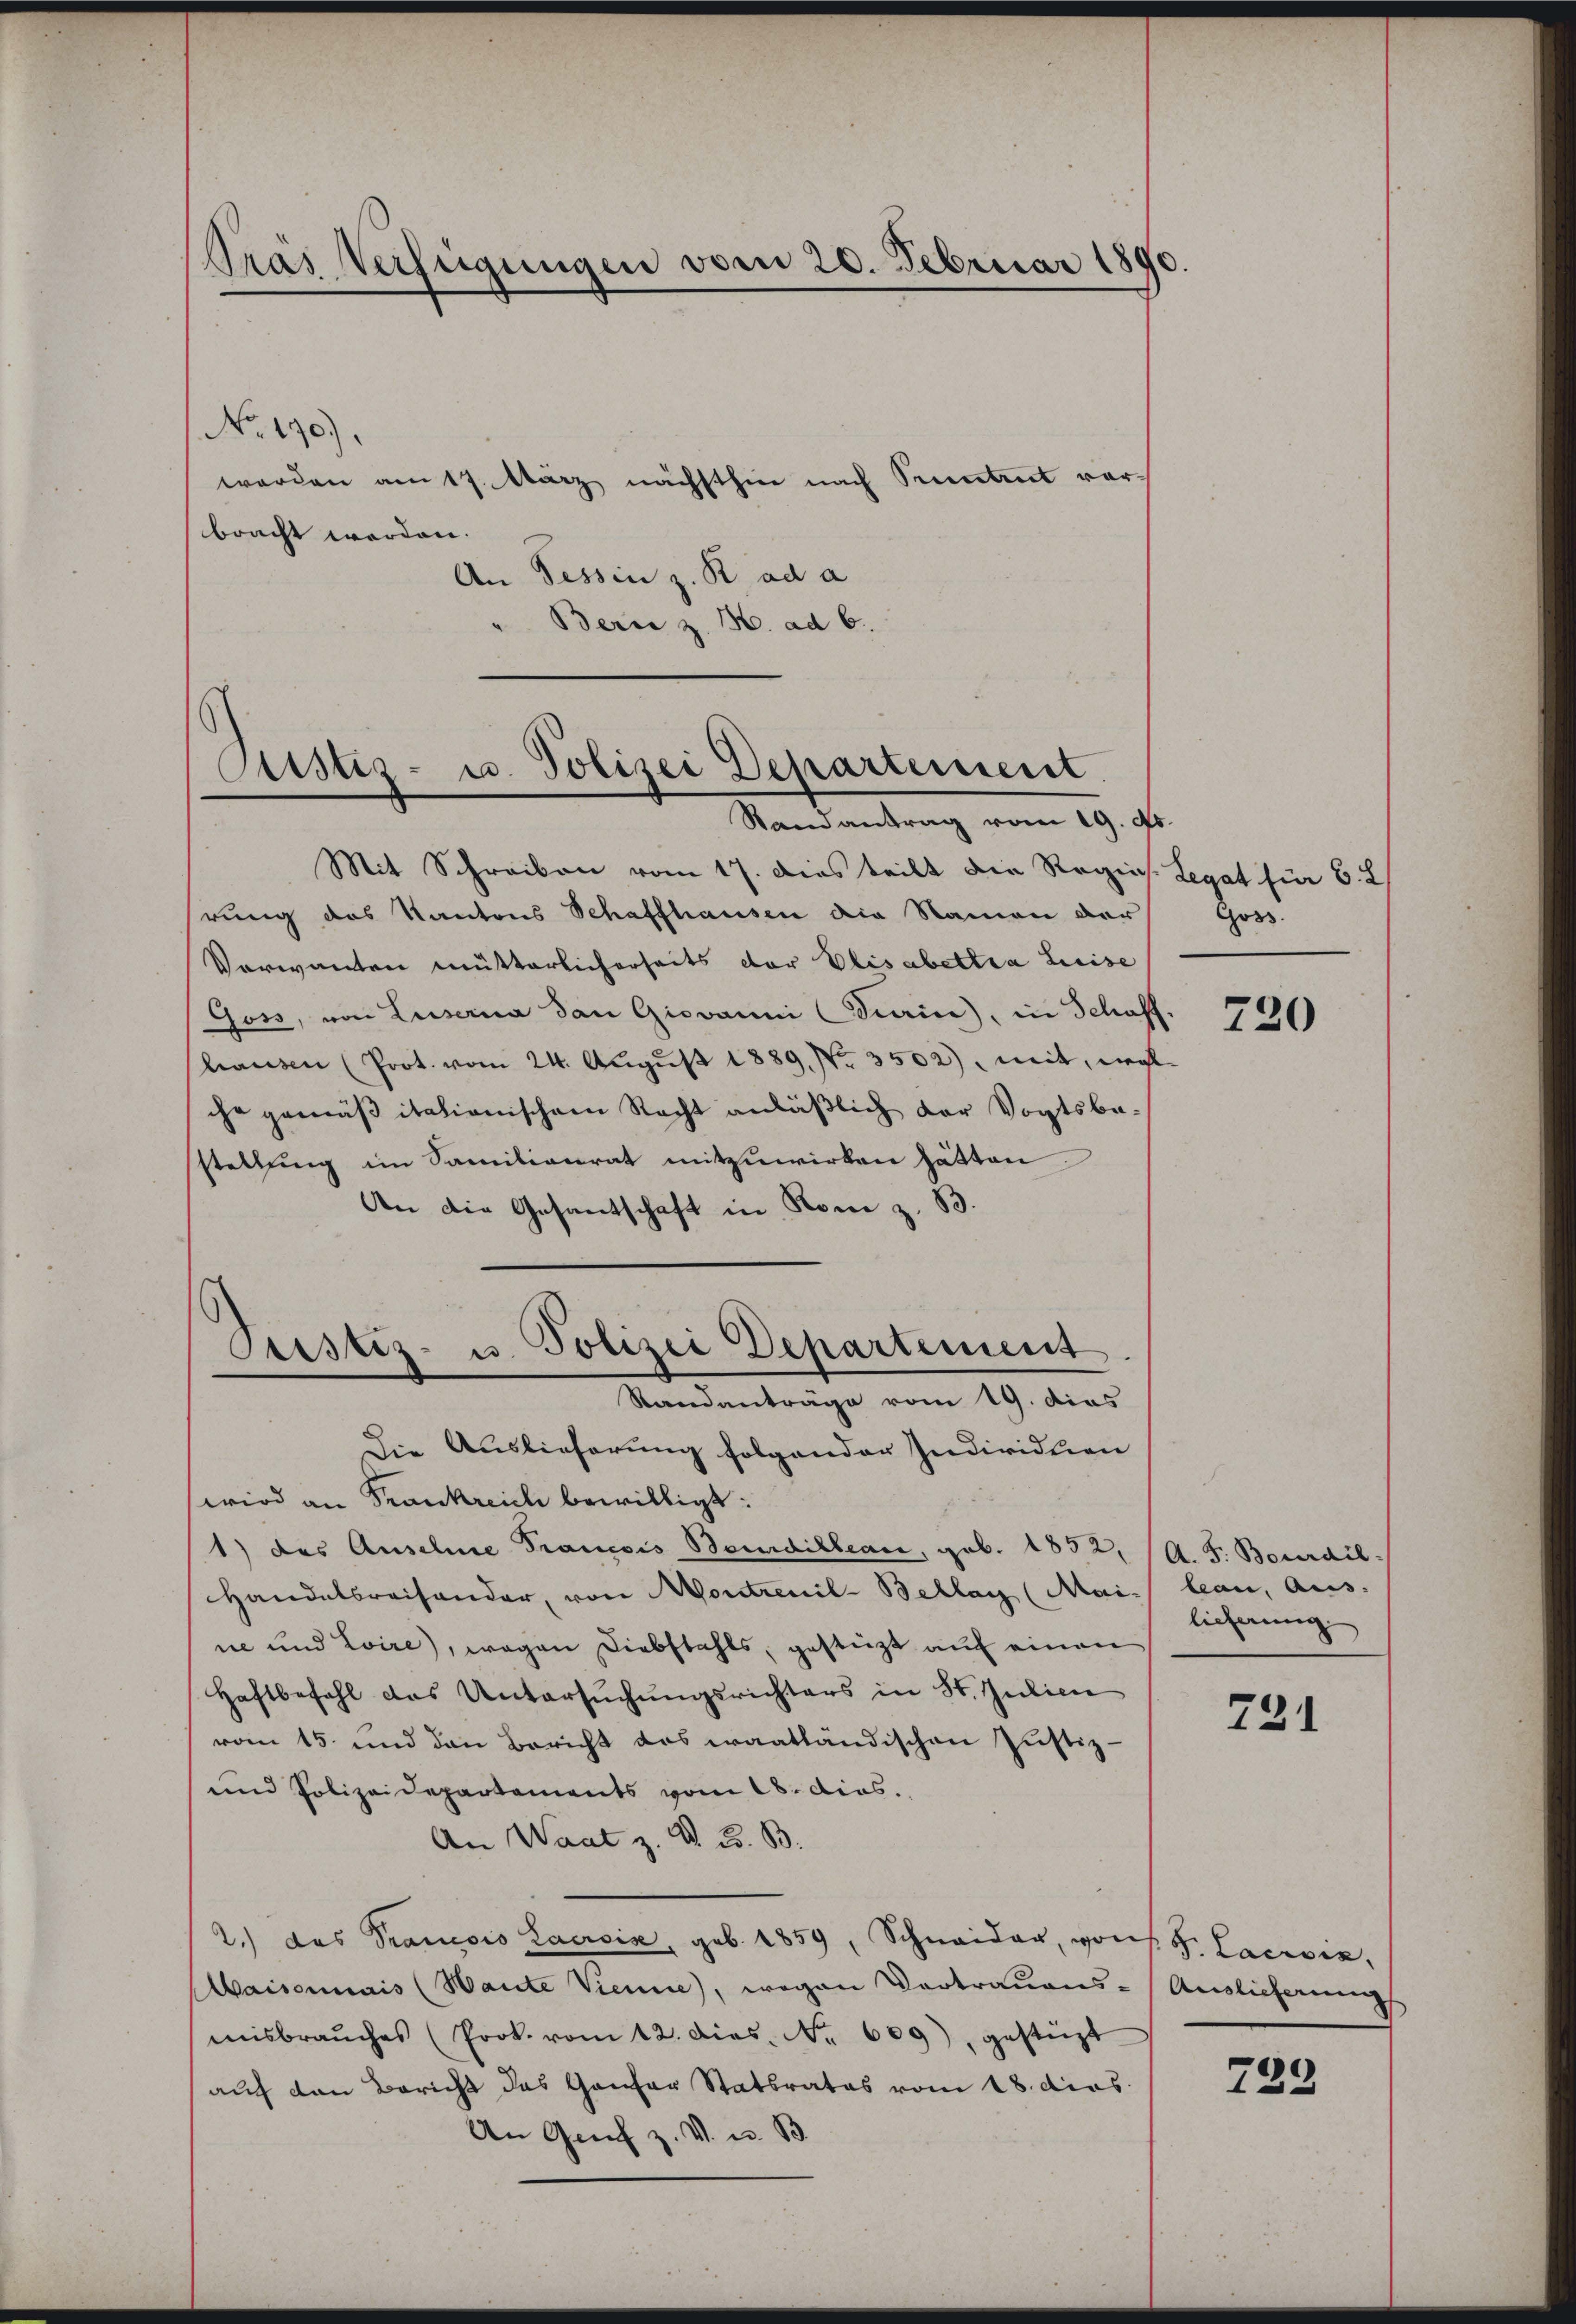
Pras Verfügungen vom 20. Februar 1890.

No. 190).
worden am 17. März nächsthin nach Pruntrut vor
bracht werden.
An Tessin z. R. ad a
" Bern z. H. ad 6.

Mit Schreiben vom 17. Dies teilt die Regies. Legat für 6. L
rung des Kantons Schaffhausen die Namen der
Verwanten mütterlicherseits der Elisabettia Leise
Goss, von Luserna dan Giovanni Darin, in Schaft
Chausen (Prot. vom 24. Aŭgŭst 1889. No. 3502), mit, wohl
che gemäß italionischem Recht anläßlich der Vogtsbesstellung im Samilienrat mitzuwirken hätten.
An die Gesandschaft in Rom z. B.
Die Auslieferung folgender Individuen
wird an Frankreich bewilligt:
1) des Ansehne Francois Beurdilbeare, geb. 1852,
Handelsreisender, von Montrenil-Bellay (Mai- leau, Aus-
ne und Loire, wegen Diebstahls, gestüzt auf einen
Haftbefahl das Untersŭchŭngsrichters in St. Julien
vom 15. und den Bericht das waatländischen Justiz-
und Polizeidepartements vom 28. dies
An Waat z. d. B. B.
2.) das Prancois Lacroix, geb. 1859, Schneider, von s. S. Lacroix,
Maisonnais (Haute Vienne, wegen Vortrauens- Auslieferungs
misbraŭches (Prok. vom 12. dies. Nr. 609), gestüzt
auf den Bericht das Ganzer Statsrates vom 18. dies
An Graf z. V. u. B

Custiz- u. Polizei Departement.
Randantrag vom 19. ds.

Justiz- u. Polizei Departement
Standanträge vom 19. dies

Goss.

720

A. F. Bourdil-
licherung

731

222